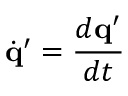
\dot { \mathbf { q } } ^ { \prime } = \frac { d \mathbf { q } ^ { \prime } } { d t }